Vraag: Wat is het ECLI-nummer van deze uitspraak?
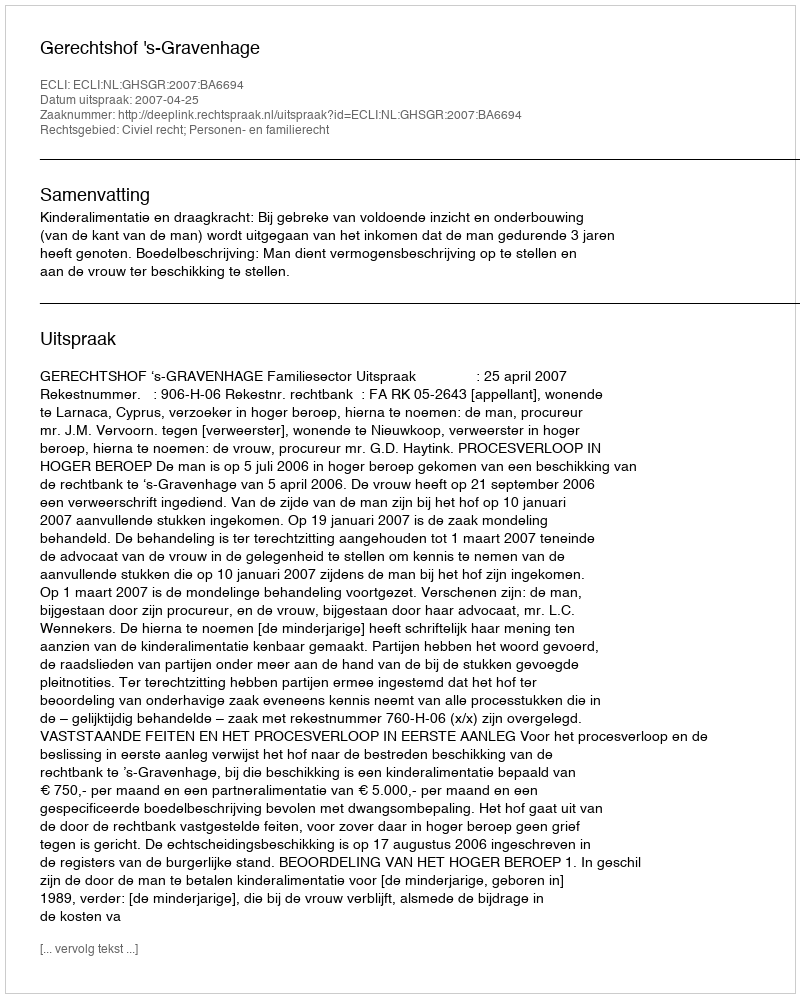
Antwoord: ECLI:NL:GHSGR:2007:BA6694